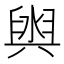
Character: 𮍮